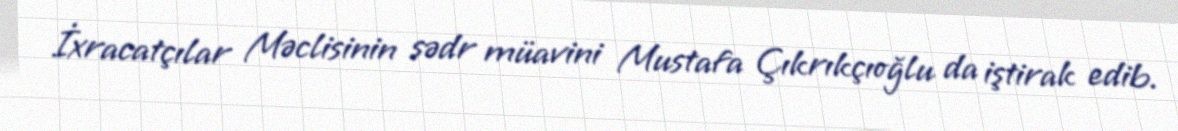
İxracatçılar Məclisinin sədr müavini Mustafa Çıkrıkçıoğlu da iştirak edib.